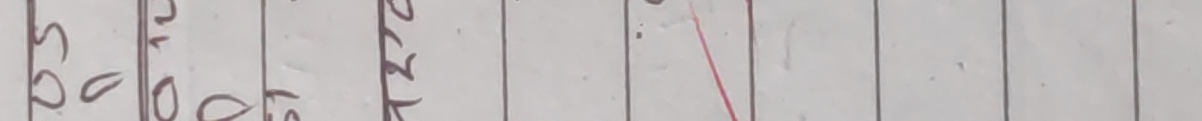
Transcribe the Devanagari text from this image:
९०
१६
१०
२४